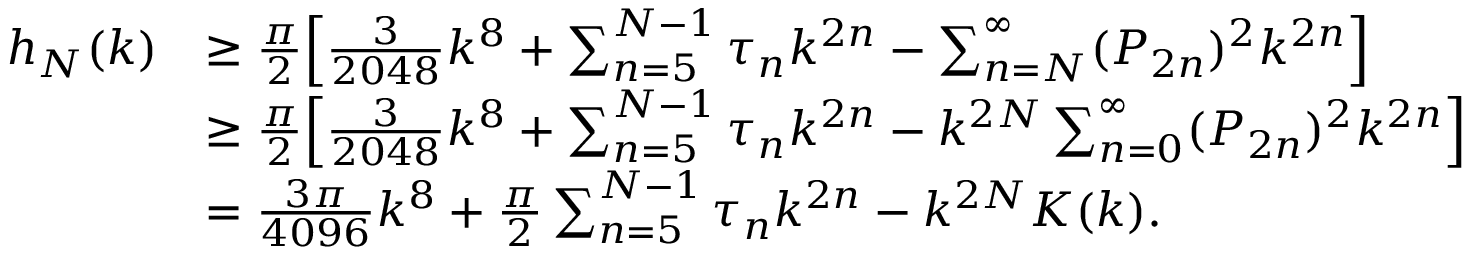
\begin{array} { r l } { h _ { N } ( k ) } & { \geq \frac { \pi } { 2 } \Big [ \frac { 3 } { 2 0 4 8 } k ^ { 8 } + \sum _ { n = 5 } ^ { N - 1 } \tau _ { n } k ^ { 2 n } - \sum _ { n = N } ^ { \infty } ( P _ { 2 n } ) ^ { 2 } k ^ { 2 n } \Big ] } \\ & { \geq \frac { \pi } { 2 } \Big [ \frac { 3 } { 2 0 4 8 } k ^ { 8 } + \sum _ { n = 5 } ^ { N - 1 } \tau _ { n } k ^ { 2 n } - k ^ { 2 N } \sum _ { n = 0 } ^ { \infty } ( P _ { 2 n } ) ^ { 2 } k ^ { 2 n } \Big ] } \\ & { = \frac { 3 \pi } { 4 0 9 6 } k ^ { 8 } + \frac { \pi } { 2 } \sum _ { n = 5 } ^ { N - 1 } \tau _ { n } k ^ { 2 n } - k ^ { 2 N } K ( k ) . } \end{array}